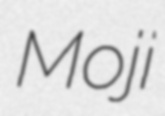
Moji